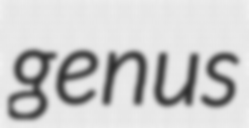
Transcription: genus